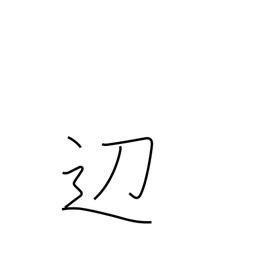
Meaning: border